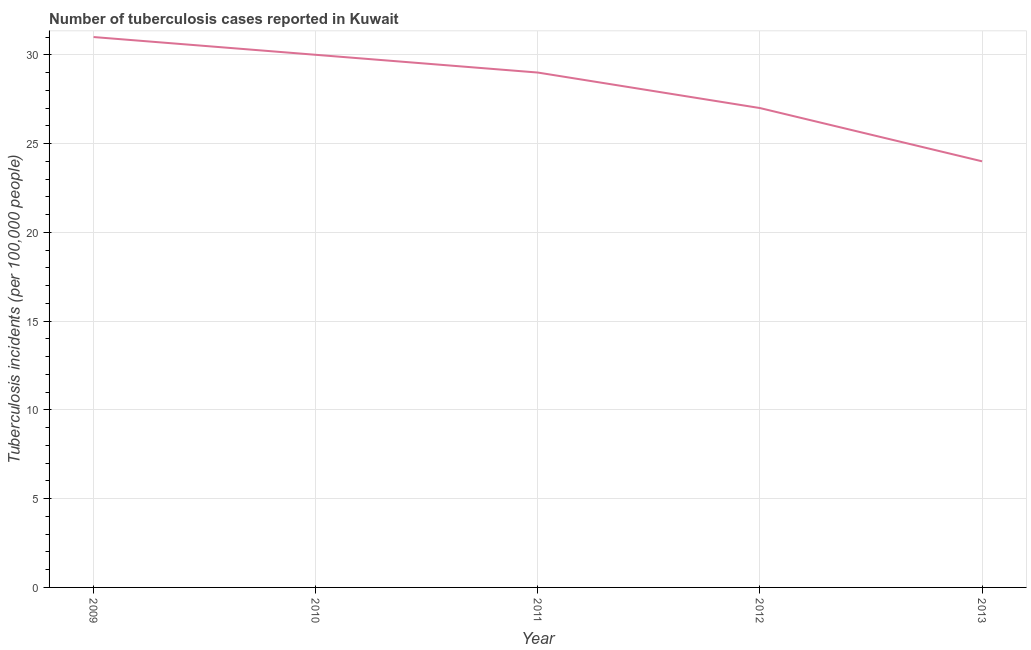
| Year | Incidence of tuberculosis |
 | --- | --- |
 | 2009 | 31 |
 | 2010 | 30 |
 | 2011 | 29 |
 | 2012 | 27 |
 | 2013 | 24 |